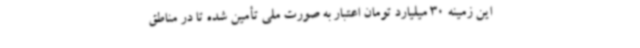
این زمینه 30 میلیارد تومان اعتبار به صورت ملی تأمین شده تا در مناطق